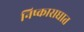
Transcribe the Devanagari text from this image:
निष्कासघात